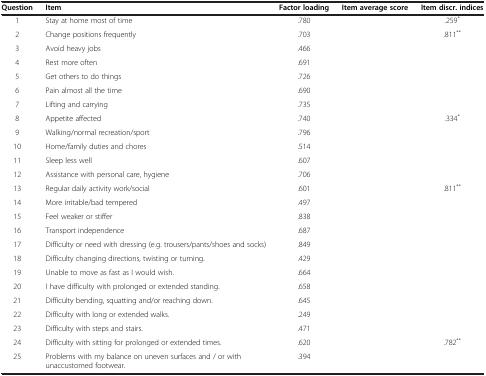
<table><thead><tr><td><b>Question</b></td><td><b>Item</b></td><td><b>Factor loading</b></td><td><b>Item average score</b></td><td><b>Item discr. indices</b></td></tr></thead><tbody><tr><td>1</td><td>Stay at home most of time</td><td>.780</td><td>[EMPTY_CELL]</td><td>.259<sup>*</sup></td></tr><tr><td>2</td><td>Change positions frequently</td><td>.703</td><td>[EMPTY_CELL]</td><td>.811<sup>**</sup></td></tr><tr><td>3</td><td>Avoid heavy jobs</td><td>.466</td><td>[EMPTY_CELL]</td><td>[EMPTY_CELL]</td></tr><tr><td>4</td><td>Rest more often</td><td>.691</td><td>[EMPTY_CELL]</td><td>[EMPTY_CELL]</td></tr><tr><td>5</td><td>Get others to do things</td><td>.726</td><td>[EMPTY_CELL]</td><td>[EMPTY_CELL]</td></tr><tr><td>6</td><td>Pain almost all the time</td><td>.690</td><td>[EMPTY_CELL]</td><td>[EMPTY_CELL]</td></tr><tr><td>7</td><td>Lifting and carrying</td><td>.735</td><td>[EMPTY_CELL]</td><td>[EMPTY_CELL]</td></tr><tr><td>8</td><td>Appetite affected</td><td>.740</td><td>[EMPTY_CELL]</td><td>.334<sup>*</sup></td></tr><tr><td>9</td><td>Walking/normal recreation/sport</td><td>.796</td><td>[EMPTY_CELL]</td><td>[EMPTY_CELL]</td></tr><tr><td>10</td><td>Home/family duties and chores</td><td>.514</td><td>[EMPTY_CELL]</td><td>[EMPTY_CELL]</td></tr><tr><td>11</td><td>Sleep less well</td><td>.607</td><td>[EMPTY_CELL]</td><td>[EMPTY_CELL]</td></tr><tr><td>12</td><td>Assistance with personal care, hygiene</td><td>.706</td><td>[EMPTY_CELL]</td><td>[EMPTY_CELL]</td></tr><tr><td>13</td><td>Regular daily activity work/social</td><td>.601</td><td>[EMPTY_CELL]</td><td>.811<sup>**</sup></td></tr><tr><td>14</td><td>More irritable/bad tempered</td><td>.497</td><td>[EMPTY_CELL]</td><td>[EMPTY_CELL]</td></tr><tr><td>15</td><td>Feel weaker or stiffer</td><td>.838</td><td>[EMPTY_CELL]</td><td>[EMPTY_CELL]</td></tr><tr><td>16</td><td>Transport independence</td><td>.687</td><td>[EMPTY_CELL]</td><td>[EMPTY_CELL]</td></tr><tr><td>17</td><td>Difficulty or need with dressing (e.g. trousers/pants/shoes and socks)</td><td>.849</td><td>[EMPTY_CELL]</td><td>[EMPTY_CELL]</td></tr><tr><td>18</td><td>Difficulty changing directions, twisting or turning.</td><td>.429</td><td>[EMPTY_CELL]</td><td>[EMPTY_CELL]</td></tr><tr><td>19</td><td>Unable to move as fast as I would wish.</td><td>.664</td><td>[EMPTY_CELL]</td><td>[EMPTY_CELL]</td></tr><tr><td>20</td><td>I have difficulty with prolonged or extended standing.</td><td>.658</td><td>[EMPTY_CELL]</td><td>[EMPTY_CELL]</td></tr><tr><td>21</td><td>Difficulty bending, squatting and/or reaching down.</td><td>.645</td><td>[EMPTY_CELL]</td><td>[EMPTY_CELL]</td></tr><tr><td>22</td><td>Difficulty with long or extended walks.</td><td>.249</td><td>[EMPTY_CELL]</td><td>[EMPTY_CELL]</td></tr><tr><td>23</td><td>Difficulty with steps and stairs.</td><td>.471</td><td>[EMPTY_CELL]</td><td>[EMPTY_CELL]</td></tr><tr><td>24</td><td>Difficulty with sitting for prolonged or extended times.</td><td>.620</td><td>[EMPTY_CELL]</td><td>.782<sup>**</sup></td></tr><tr><td>25</td><td>Problems with my balance on uneven surfaces and / or with unaccustomed footwear.</td><td>.394</td><td>[EMPTY_CELL]</td><td>[EMPTY_CELL]</td></tr></tbody></table>